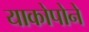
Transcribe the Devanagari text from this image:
याकोपोने